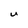
Character: U